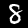
Digit: 8